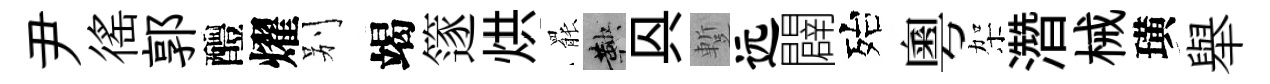
尹徭郭醴燿别竭篴烘罷鞅㒷蹔远闢殆粵架濳械璜舉